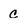
Character: c